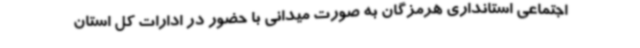
اجتماعی استانداری هرمزگان به صورت میدانی با حضور در ادارات کل استان